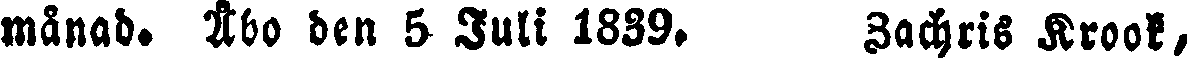
månad. Åbo den 5 Juli 1839. Zachris Krook,